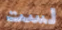
لست